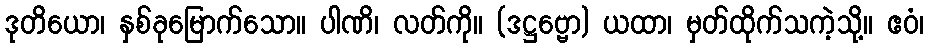
ဒုတိယော၊ နှစ်ခုမြောက်သော။ ပါဏိ၊ လတ်ကို။ (ဒဋ္ဌဗ္ဗော) ယထာ၊ မှတ်ထိုက်သကဲ့သို့။ ဧဝံ၊